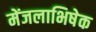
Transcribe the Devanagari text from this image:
मेंजलाभिषेक